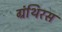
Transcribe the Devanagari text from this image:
ग्रंथिरस